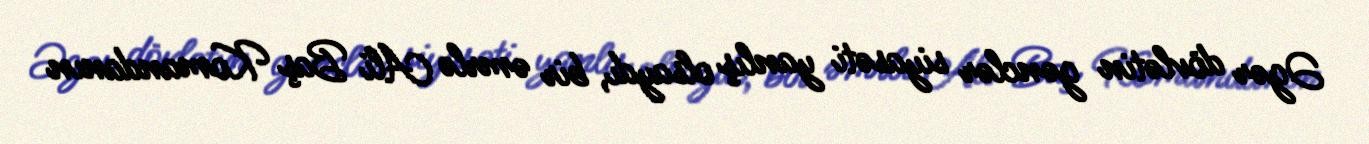
Əgər dövlətin gənclər siyasəti yanlış olsaydı, bir əmrlə Ali Baş Komandanın